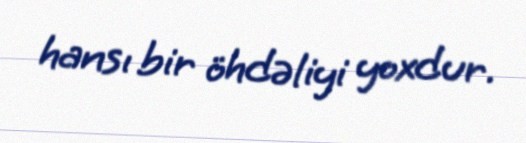
hansı bir öhdəliyi yoxdur.